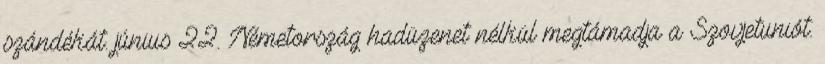
szándékát. június 22. Németország hadüzenet nélkül megtámadja a Szovjetuniót.